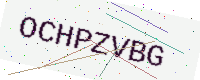
Text: OCHPZVBG